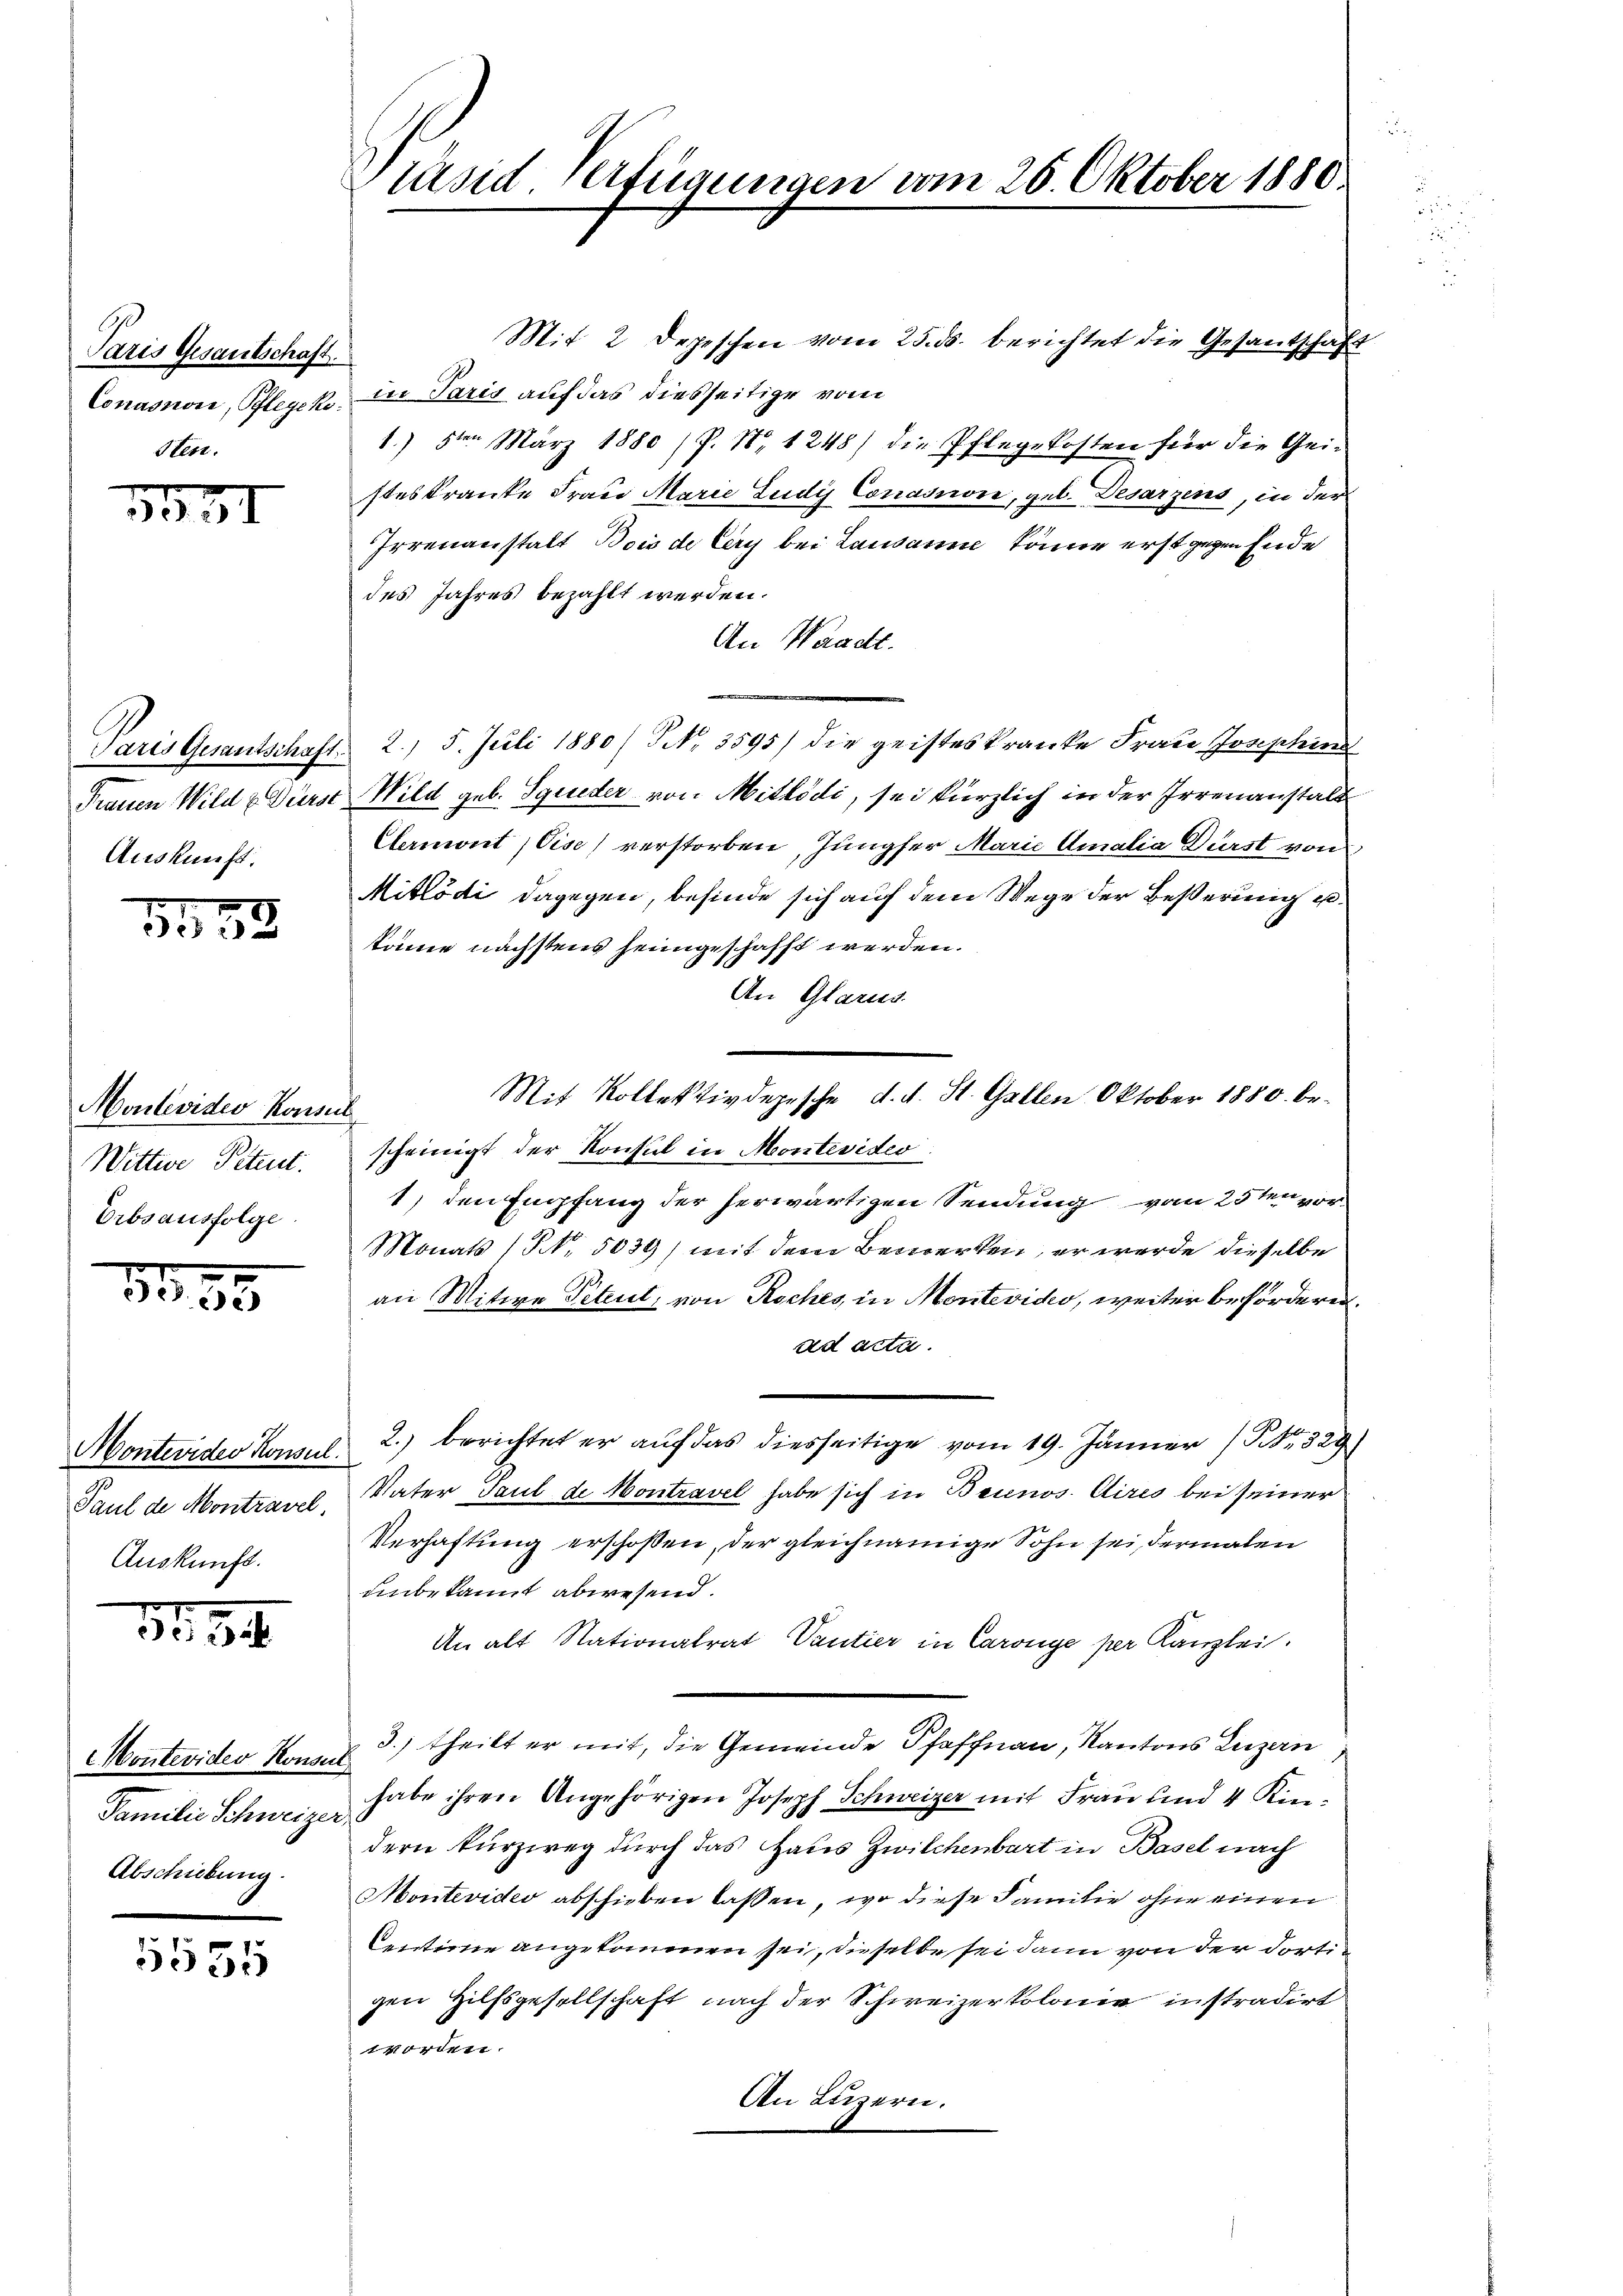
Paris Gesantschaft.
Conasuvii, Pflegeko
Sten.

131

Paris Gesantschaft.
Trauen Wild & Dürst
Auskunft.

1253

Montevides Konsul
Wittwe Petent.
Erbsausfolge.

1,83

Montevider Konsul
Paul de Montravel.
Auskunft.

11,54.

Montevider Konser
Familie Schweizer
Abschiebung.

5555

Präsid-Verfügungen vom 26. Oktober 1880.

Mit 2 Depeschen vom 25. ds. berichtet die Gesandschaft
in Paris auf das diesseitige vom
1.) 5ten März 1880 / P. Nr. 1248) die Pflegekosten für die Gei-
steskranke Frau Marie Ludi Conasnon, geb. Desarzens, in der
Irrenanstalt Bois de Cery bei Lausanne könne erst gegen Ende
des Jahres bezahlt werden.
An Waadt.
2. 5. Juli 1880/ NNo. 3595) die geisteskranke Frau Josephin
Wild geb. Squeder von Mitlödi, sei kürzlich in der Irrenanstalt
Clermont, Vise) verstorben, Jungfer Marie Amalia Dürst von
Mitlödi dagegen, befinde sich auf dem Wege der Beßerung eikane nächstens heimgeschafft werden.
An Glarus.
Mit Kollektivdepische d. d. St. Gallen Oktober 1880. bescheinigt der Konsul in Montevideo
1) den Empfang der herwärtigen Sendung vom 25ten vor
Monats (N. 5039) mit dem Bemerken, er werde dieselbe
an Mitwe Petent, von Roches, in Montevido, weiter befördern.
ad acta.
2.) berichtet er auf das diesseitige vom 19. Jänner No. 329)
Vater Paul de Montravel habe sich in Beinos Aires bei seiner
Verhaftung erschoßen, der gleichnamige Sohn sei, dermalen
unbekannt abwesend.
An alt Nationalrat Vantier in Caronye per Kanzlei.
3.) theilt er mit, die Gemeinde Pfaffnau, Kantons Luzern
habe ihren Angehörigen Joseph Schweizer mit Frau und 4 Kin-
dern Kurzweg durch das Haus Zwilchenbart in Basel nach
Montevider abschieben laßen, wo diese Familie ohne einen
Centione angekommen sei, dieselbe sei dann von der dortigen Hilfsgesellschaft nach der Schweizerkolone instradirt
worden.
An Luzern.